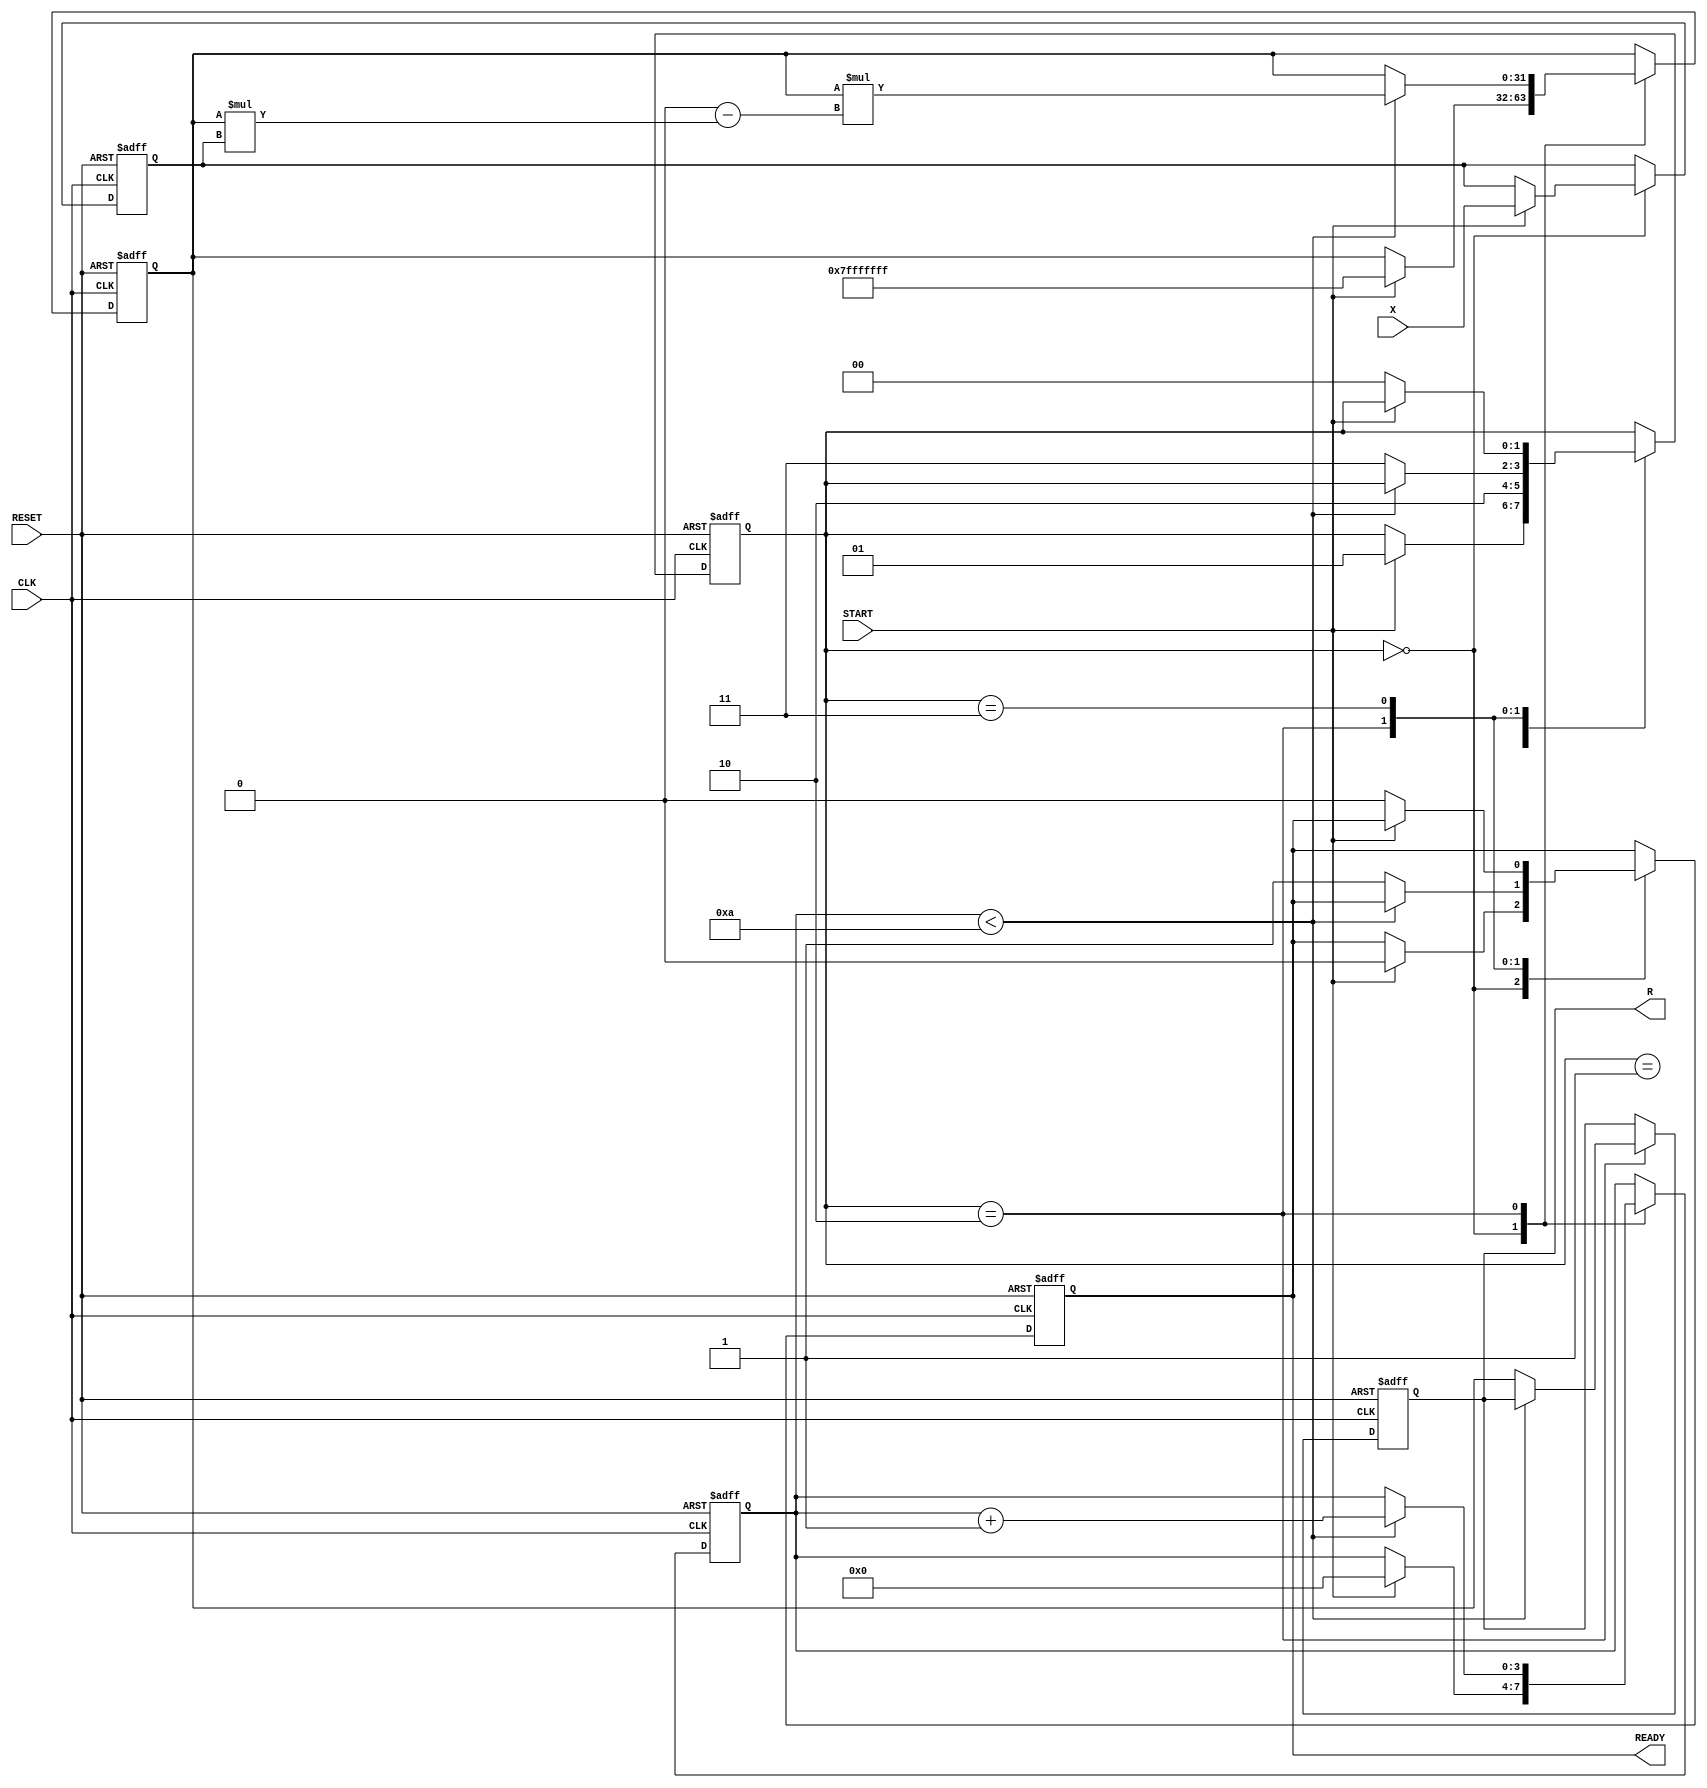
module NewtonRaphsonReciprocal #(
    parameter WIDTH = 32,               // Width of input and output
    parameter MAX_ITERATIONS = 10        // Maximum number of iterations
)(
    input  wire [WIDTH-1:0] X,          // Input data
    input  wire START,                   // Start signal
    input  wire CLK,                     // Clock signal
    input  wire RESET,                   // Reset signal
    output reg  [WIDTH-1:0] R,           // Reciprocal result
    output reg READY                     // Ready signal
);

    reg [WIDTH-1:0] X_reg;               // Register to hold input value
    reg [WIDTH-1:0] R_reg;               // Register for current approximation
    reg [3:0] iteration_count;            // Iteration counter
    reg [1:0] state;                     // State for control logic

    localparam STATE_IDLE = 2'b00;
    localparam STATE_INIT = 2'b01;
    localparam STATE_ITERATE = 2'b10;
    localparam STATE_DONE = 2'b11;

    // Multiplier and Adder/Subtractor instances
    wire [WIDTH-1:0] product;
    reg [WIDTH-1:0] operand;

    // Combinational product calculation
    assign product = R_reg * X_reg;

    always @(posedge CLK or posedge RESET) begin
        if (RESET) begin
            R <= 0;
            READY <= 0;
            iteration_count <= 0;
            state <= STATE_IDLE;
            R_reg <= 0;
            X_reg <= 0;
        end else begin
            case (state)
                STATE_IDLE: begin
                    if (START) begin
                        // Load input and initialize R_reg
                        X_reg <= X;
                        R_reg <= {1'b0, {WIDTH-1{1'b1}}}; // Initial guess: 1
                        iteration_count <= 0;
                        state <= STATE_INIT;
                        READY <= 0;
                    end
                end
                
                STATE_INIT: begin
                    // Move to iteration state
                    state <= STATE_ITERATE;
                end
                
                STATE_ITERATE: begin
                    if (iteration_count < MAX_ITERATIONS) begin
                        // Update R using Newton-Raphson formula
                        R_reg <= R_reg * (2**WIDTH - product); // R_new = R_old * (2 - X * R_old)
                        iteration_count <= iteration_count + 1;
                    end else begin
                        // Done iterating
                        R <= R_reg; // Set final result
                        READY <= 1; // Signal that result is ready
                        state <= STATE_DONE;
                    end
                end
                
                STATE_DONE: begin
                    if (!START) begin
                        // Reset ready signal when not starting
                        READY <= 0;
                        state <= STATE_IDLE;
                    end
                end
            endcase
        end
    end
endmodule